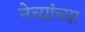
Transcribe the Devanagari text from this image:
नेच्यांच्या